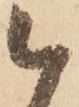
被